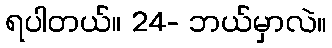
ရပါတယ်။ 24- ဘယ်မှာလဲ။